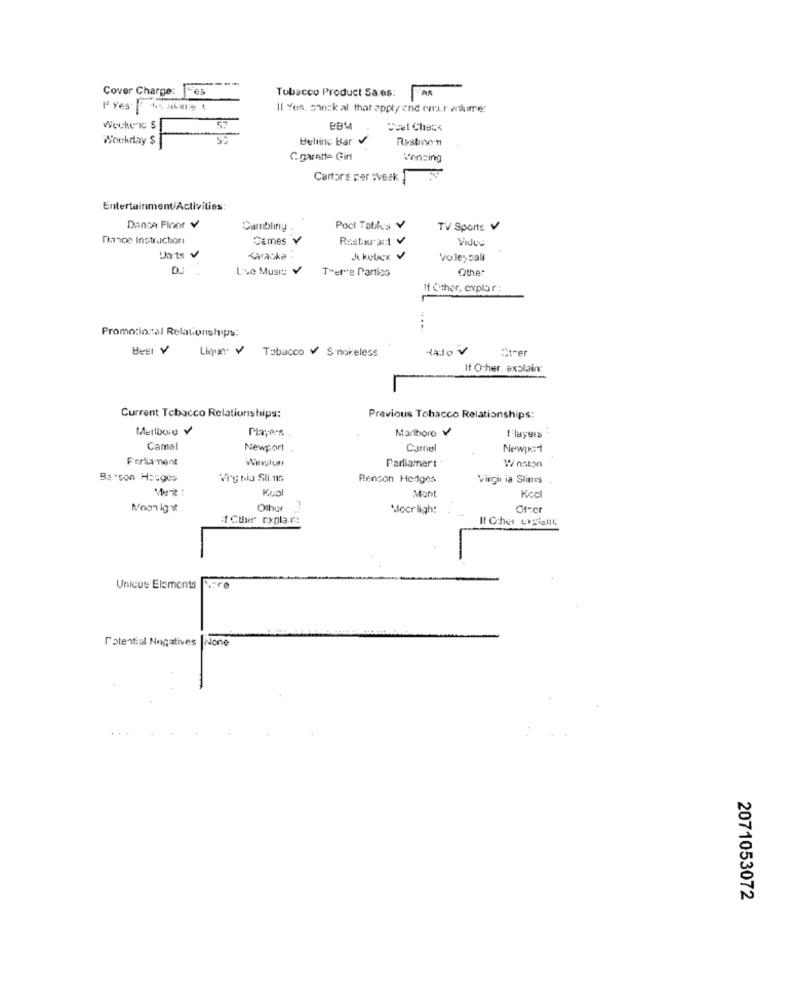
Cover Charge:
Ves
Tobacco Product Sa es:
I2 Yes"
Il Yes, sheck al that apply end emir walure:
Weckerc s
57
eBM
Cout Chass
Wochday $
Belling Bar v
Restnon
Cigarette Girl
Ponsing
Cartors per :veek
Entertainment/Activities:
Dance Floor V
Poct Tables Y
TV Sports v
Dance Instructori
Cames v
Restaral v
VidLy
Un'ts V
Karaoke .
voleyball
Lse Must :: V
T"er"e Parties
Othes
If Cither, explor:
Promocional Relationships:
Best V
Lijn Y Tobacco V Smokeless
tato v
Ctrer
If Other, explain:
Current Tobacco Relationships:
Previous Tobacco Relationships:
Malbuio Y
Marlboro Y
Flayers
Camel
Newport .
Camel
Newpo1
Forliament
Winston
Parliamert
W/ nston
Saison Hodges
Ving nia Slins
Rencon Hedges
Virgh ia Slimres
Kool
Mon
Kcc
Noonigne
Othor
Mocrlight
Ct-cr
1 Ctuer rxplar:
IF Chet ergiall
Unicus Elements
ralential Negatives Nome
2071053072